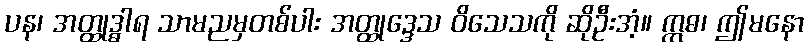
ပန၊ အတ္ထုဒ္ဓါရ သာမညမှတစ်ပါး အတ္ထုဒ္ဒေသ ဝိသေသကို ဆိုဦးအံ့။ ဣဓ၊ ဤမနော